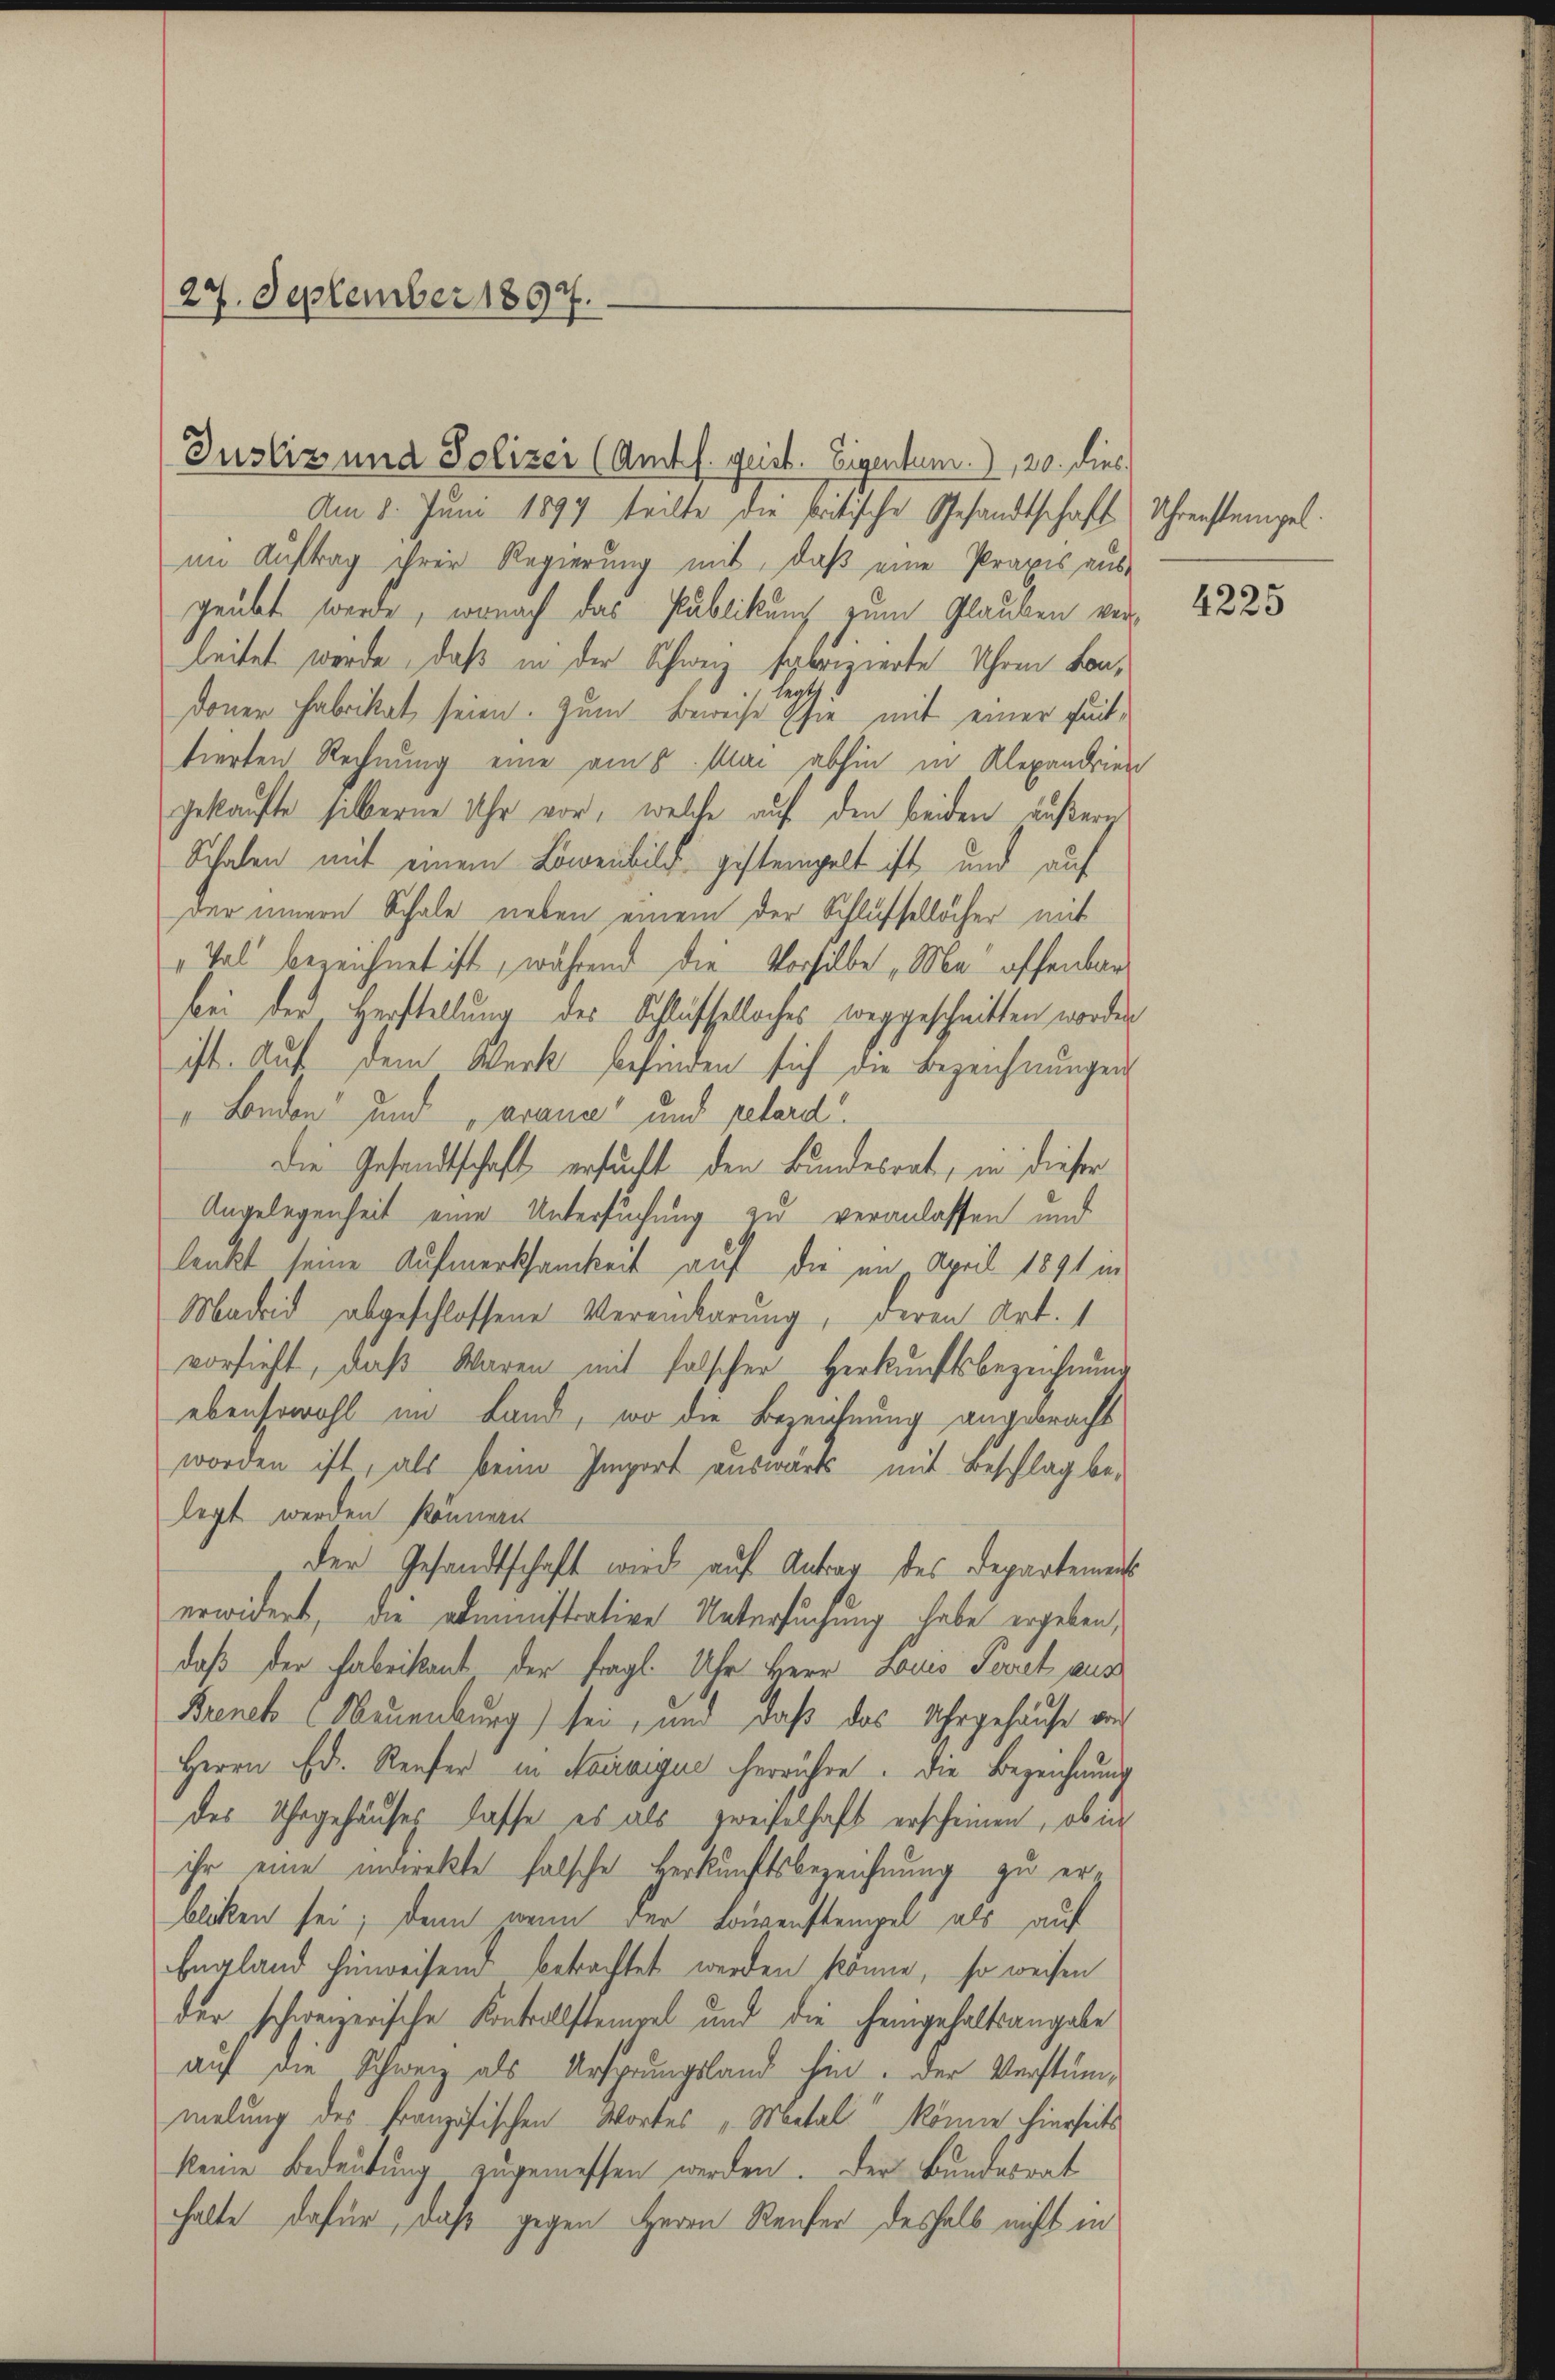
(27. September 1897.

Justiz und Polizei (Amt f. geist. Eigentum.), 20. dies

Am 8. Jŭni 1897 teilte die kritische Gesandtschaft (Uhrenstempel.
im Auftrag ihrer Regierung mit, daß eine Praxis aus
geübt werde, wonach das Publikung zum Glauben verleitet werde, daß in der Schweiz fabrizierte Uhren konhersch
doner Fabrikat seien. Zum Beweise sie mit einer Funktierten Rechnung eine am 8. Mai abhin in Alexandrien
gekaufte silberne Uhr vor, welche auf den beiden äußerg
Schalen mit einem Löwenbild gesteingelt ist, und auf
der innern Schale neben einem der Schlüssellöcher mit
Tal bezeichnet ist, während die Vorsilbe „Ma offenbar
frei der, Herstellung des Schlüsseloches weggeschnitten worden
ist. Auf dem Werk befinden sich die Bezeichnungen
" London und „avance und pretard
Die Gesandtschaft ersucht den Bundesrat, in dieser
Angelegenheit eine Untersuchung zu veranlassen und
lenkt seine Aufmerksamkeit auf die im April 1891 in
Madrid abgeschlossene Vereinbarung, deren Art. 1
vorsieht, daß Waren mit falscher Herkunftsbezeichnung
ebensowohl im Land, wo die Bezeichnung angebracht
worden ist, als beim Import auswärts mit Beschlag belegt werden könnern
der Gesandtschaft wird auf Antrag des Departement
erwidert, die administrative Untersuchung habe ergeben,
daß der Fabrikant der fragl. Uhr Herr Louis Jovet aus
Brenek (Neuenburg) sei, und daß das Uhrgehause von
Herrn Ed. Reifer in Mariaigue herrühre. Die Bezeichnung
des Uhrgehäuses lasse es als zweifelhaft erscheinen, ob in
ihr eine indirekte falsche Herkunftsbezeichnung zu erbliken sei; denn wenn der Lorenstempel als auf
England hinweisend betrachtet werden könne, so weisen
der schweizerische Kontrollsteigel und die Feingehaltsangabe
auf die Schweiz als Ursprungsland hin. Der Verstümmelung des französischen Wortes „Metal könne hierseits
keine Bedeutung zugemessen werden. Der Bundesrat
halte dafür, daß gegen Herrn Reifer deshalb nicht in

4225